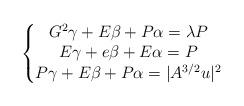
LaTeX: \begin{align*}\left\{\begin{matrix} G^2\gamma+E\beta+P\alpha=\lambda P \\ E\gamma+e\beta+E\alpha=P\\ P\gamma+E\beta+P\alpha=|A^{3/2}u|^2\end{matrix}\right.\end{align*}